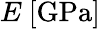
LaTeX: E\ [\mathrm{GPa}]